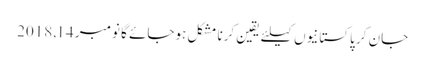
جان کر پاکستانیوں کیلئے یقین کرنا مشکل ہوجائے گا نومبر 14, 2018